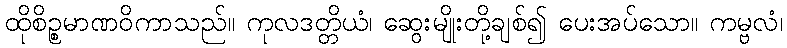
ထိုစိဉ္စမာဏဝိကာသည်။ ကုလဒတ္တိယံ၊ ဆွေးမျိုးတို့ချစ်၍ ပေးအပ်သော။ ကမ္ဗလံ၊